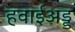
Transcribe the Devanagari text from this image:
हवाईअड्ड